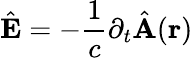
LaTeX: \hat{\mathbf{E}}=-\frac{1}{c}\partial_{t}\hat{\mathbf{A}}(\mathbf{r})